Juri_Uluots, lk 35
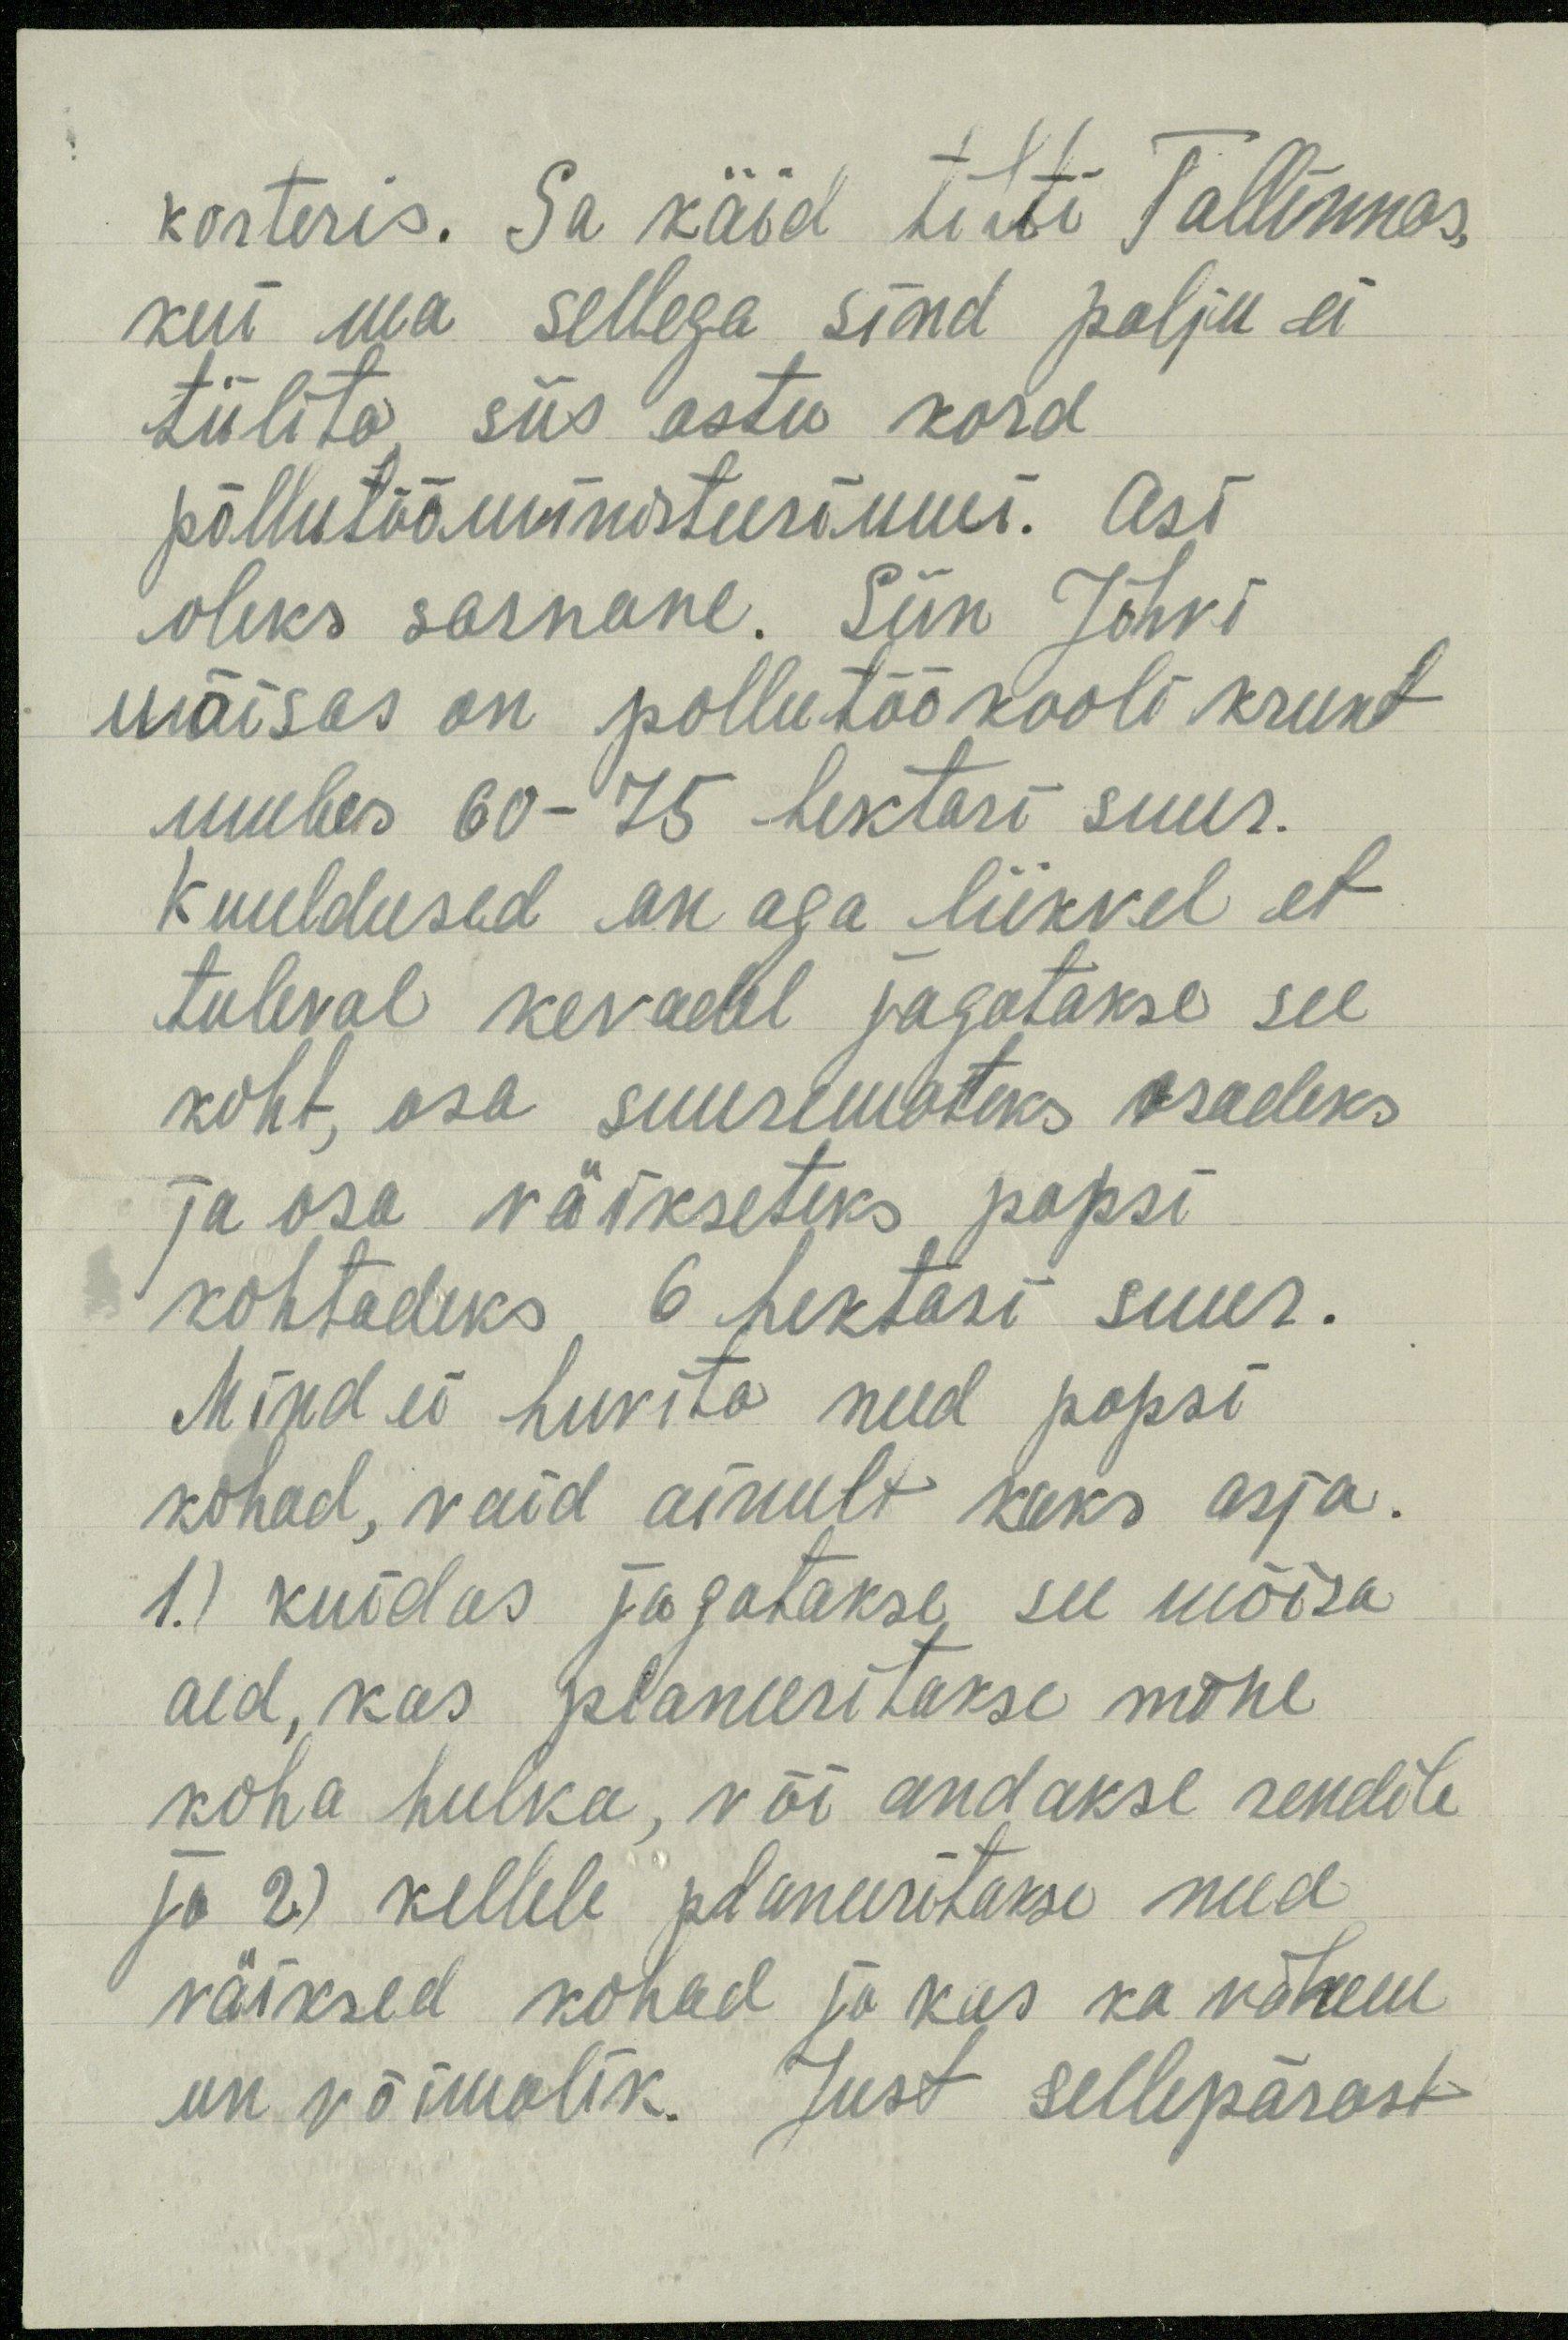
korteris. Sa käid tihti Tallinnas,
kui ma sellega sind palju ei
tülita, siis astu kord
põllutööministeeriumi. Asi
oleks sarnane. Siin Jõhvi
mõisas on pollutöökooli krunt
umbes 60-75 hektari suur.
Kuuldused on aga liikvel et
tuleval kevadel jagatakse see
koht, osa suuremateks osadeks
ja osa väikseteks popsi
kohtadeks 6 hektari suur.
Mind ei huvita need popsi
kohad, vaid ainult kaks asja.
1.) kuidas jagatakse see mõisa
aed, kas planeeritakse mõne
koha hulka, või andakse rendile
ja 2.) kellele planeeritakse need
väiksed kohad ja kus ka vähem
on võimalik. Just sellepärast